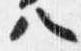
ハ